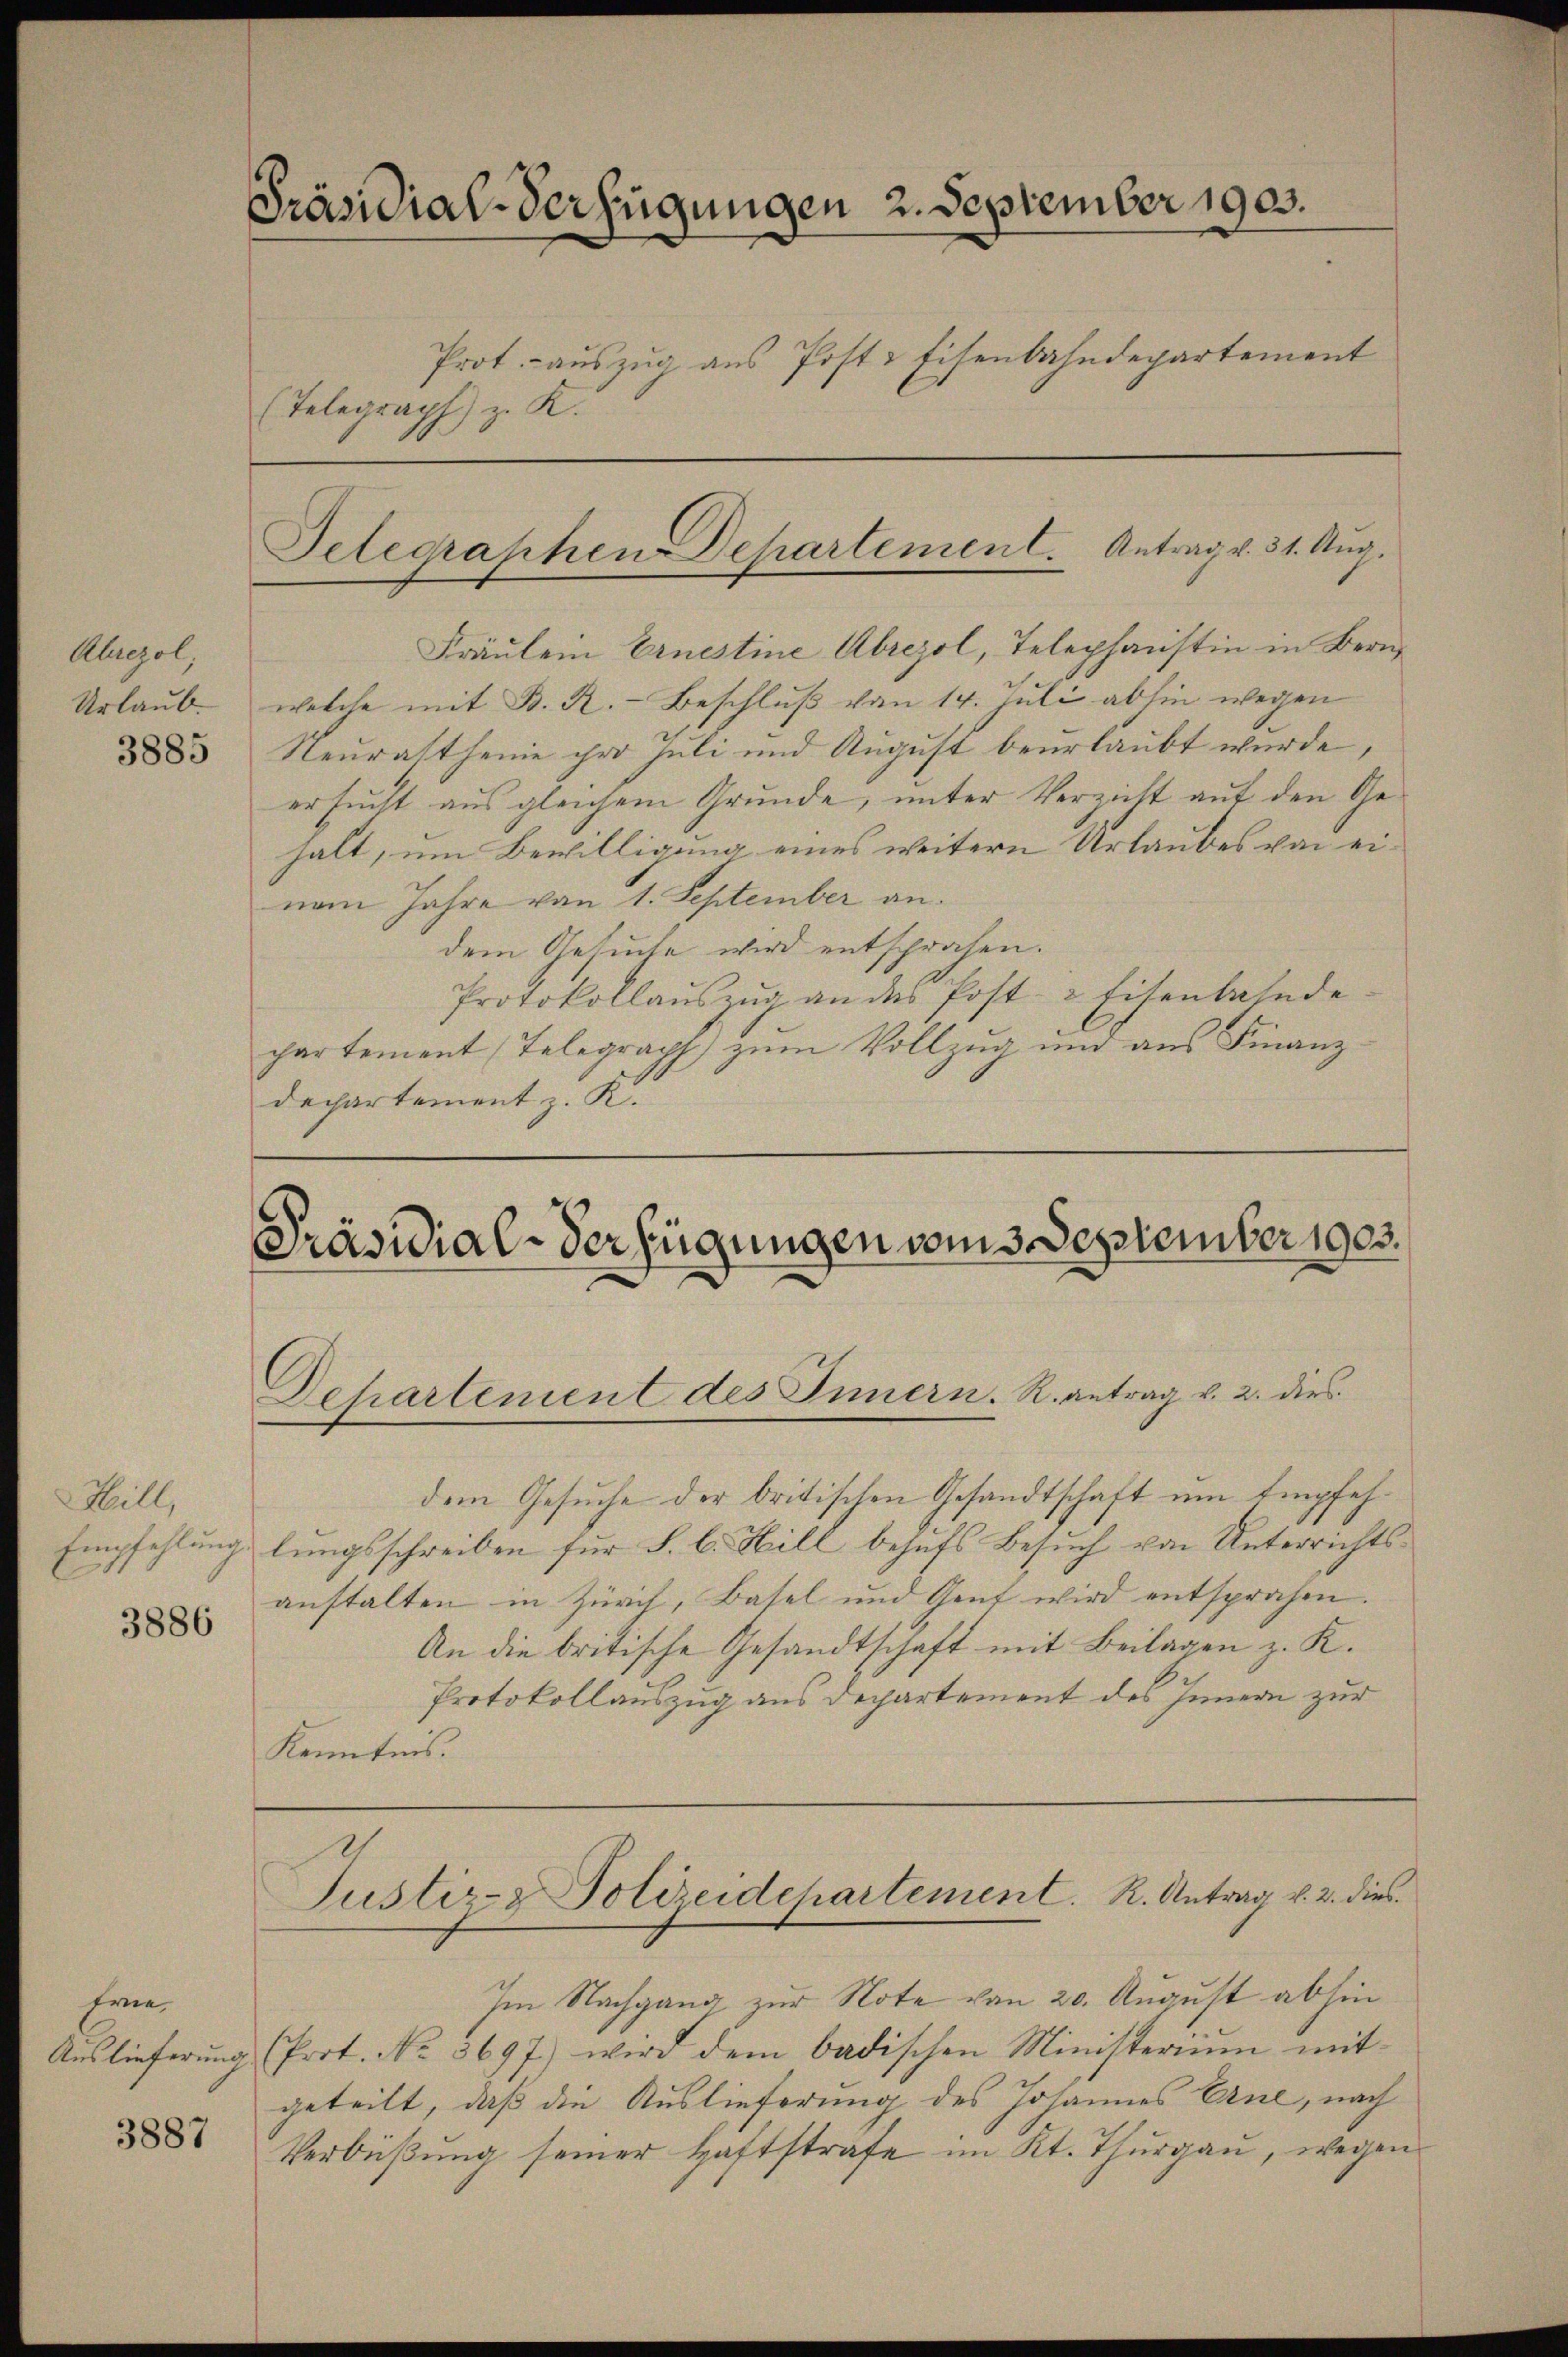
Ahrezol;
Urlaub.
3885

Hill,

3886

Eine
Auslieferung

3887

Präsidial-Verfügungen 2. September 1903.
Prot. auszug aus Post. Eisenbahndepartement
(Telegraph) z. K.

Gelegraphen-Departement. Antrag v. 31. Aug.

Fräulein Ernestine Abrezol, Telephonstin in Bern
welche mit B. K. Beschluß vom 14. Juli abhin wegen
Neurastheine ihre Juli und August beurlaubt wurde
ersucht aus gleichem Grunde, unter Verzicht auf den Gehalt, um Bewilligung eines weitern Urlaubes von einem Jahre von 1. September an.
dem Gesuche wird entsprochen.
Protokollaŭszŭg an des Post- & Eisenbahnde.
partement (Telegraph zum Vollzug und aus Finanzdechartement z. K.

Präsidial-Verfügungen vom 3. September 1903.
Dehartement des Innern. R. antrag v. 2. dies

dem Gesuche der britischen Gesandtschaft um Empfeh¬
Empfehlung lungsschreiben für S. b. Hill behufs Besuch von Unterrichtsanstalten in Zürich, Basel und Gent wird entsprochen.
An die britische Gesandtschaft mit Beilagen z. K.
Protokollauszug aus Departement des Innern zur
Kenntnis.

Justiz- & Polizeidchartement. R. Antrag v. 2. dies

Im Nachgang zur Note von 20. August abhin
(Prot. No. 3697) wird dem badischen Ministerium mitgeteilt, daß die Auslieferung des Johannes Erne, nach
Verbüßung seiner Haftstrafe im Kt. Thurgau, wegen